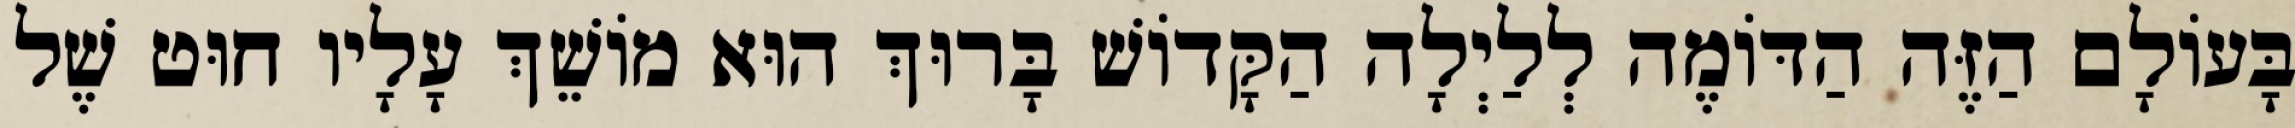
בָּעוֹלָם הַזֶּה הַדּוֹמֶה לְלַיְלָה הַקָּדוֹשׁ בָּרוּךְ הוּא מוֹשֵׁךְ עָלָיו חוּט שֶׁל